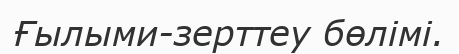
Ғылыми-зерттеу бөлімі.